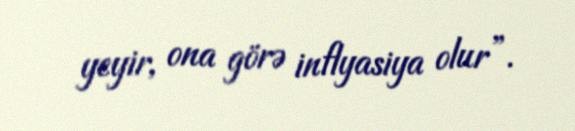
yeyir, ona görə inflyasiya olur”.